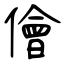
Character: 儈